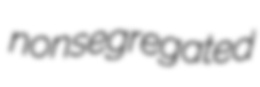
nonsegregated